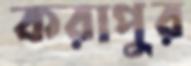
করাপুর